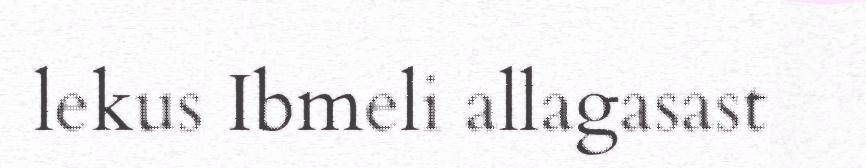
lekus Ibmeli allagasast